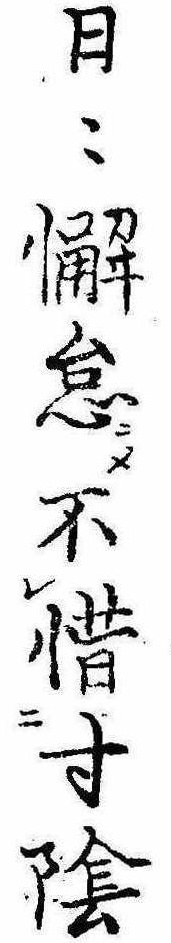
日々懈怠ニメ不惜寸陰